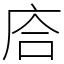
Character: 𢈈